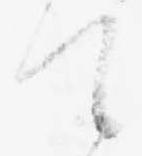
て